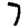
Digit: 7